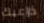
ذراعيك